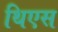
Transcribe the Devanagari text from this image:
थिएस